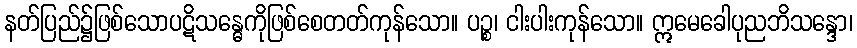
နတ်ပြည်၌ဖြစ်သောပဋိသန္ဓေကိုဖြစ်စေတတ်ကုန်သော။ ပဉ္စ၊ ငါးပါးကုန်သော။ ဣမေခေါပုညဘိသန္ဒော၊